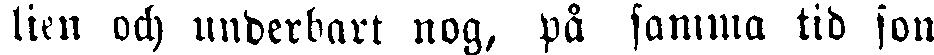
lien och underbart nog, på samma tid son